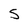
Character: 5